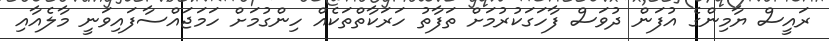
ރައީސް ޔާމިންގެ އުފަން ދުވަސް ފާހަަގަކުރުމަށް ތަފާތު ހަރަކާތްތަކެއް ހިންގުމަށް ހަމަޖައްސާފައިވަނީ މާލެއާއި